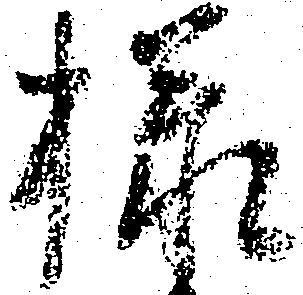
様